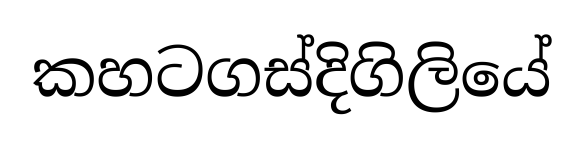
කහටගස්දිගිලියේ